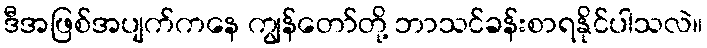
ဒီအဖြစ်အပျက်ကနေ ကျွန်တော်တို့ ဘာသင်ခန်းစာရနိုင်ပါသလဲ။